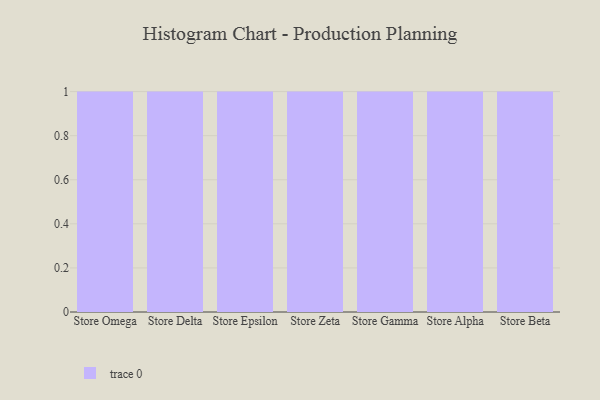
{"axis": {"x": "Store", "y": "Satisfaction Score"}, "legend": [""], "data": [{"x": "Store Omega", "y": 3, "type": ""}, {"x": "Store Delta", "y": 16, "type": ""}, {"x": "Store Epsilon", "y": 24, "type": ""}, {"x": "Store Zeta", "y": 45, "type": ""}, {"x": "Store Gamma", "y": 11, "type": ""}, {"x": "Store Alpha", "y": 40, "type": ""}, {"x": "Store Beta", "y": 70, "type": ""}]}